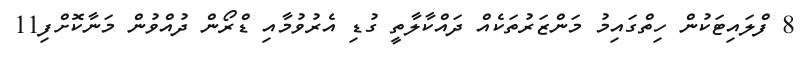
8 ފްލައިޓަކުން ހިތްގައިމު މަންޒަރުތަކެއް ދައްކާލާތީ ގުޑި އެރުވުމާއި ޑްރޯން ދުއްވުން މަނާކޮށްފި11